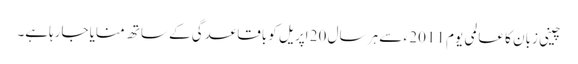
چینی زبان کا عالمی یوم 2011 ء سے ہر سال 20 اپریل کو باقاعدگی کے ساتھ منایا جارہاہے۔